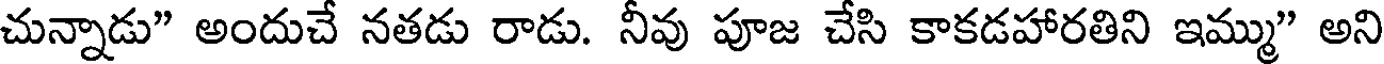
చున్నాడు" అందుచే నతడు రాడు. నీవు పూజ చేసి కాకడహారతిని ఇమ్ము" అని